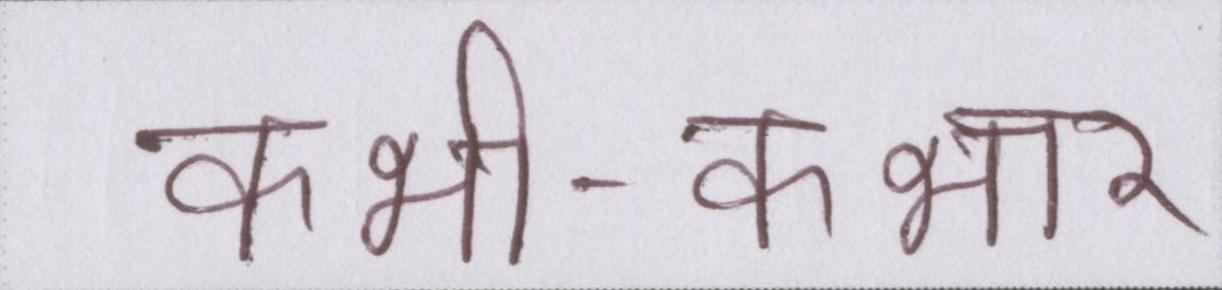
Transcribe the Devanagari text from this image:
कभी-कभार